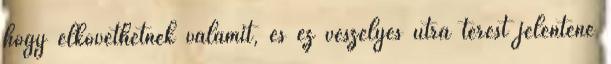
hogy elkövethetnek valamit, és ez veszélyes útra térést jelentene